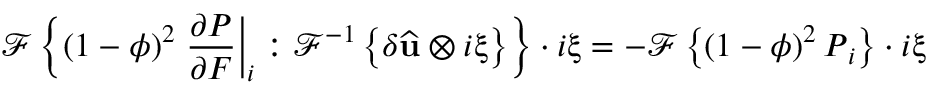
\mathcal { F } \left\{ \left( 1 - \phi \right) ^ { 2 } \left. \frac { \partial \boldsymbol { P } } { \partial \boldsymbol { F } } \right| _ { i } : \mathcal { F } ^ { - 1 } \left\{ \delta \widehat { \mathbf { u } } \otimes i \boldsymbol { \upxi } \right\} \right\} \cdot i \boldsymbol { \upxi } = - \mathcal { F } \left\{ \left( 1 - \phi \right) ^ { 2 } \boldsymbol { P } _ { i } \right\} \cdot i \boldsymbol { \upxi }